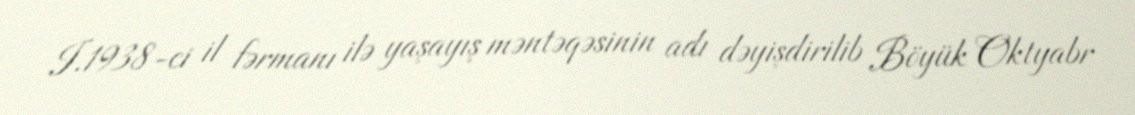
I.1938-ci il fərmanı ilə yaşayış məntəqəsinin adı dəyişdirilib Böyük Oktyabr